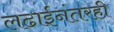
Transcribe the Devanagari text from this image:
लढाईनंतरही